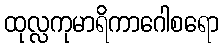
ထုလ္လကုမာရိကာဂေါစရော